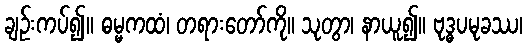
ချဉ်းကပ်၍။ ဓမ္မကထံ၊ တရားတော်ကို။ သုတွာ၊ နာယူ၍။ ဗုဒ္ဓပမုခဿ၊